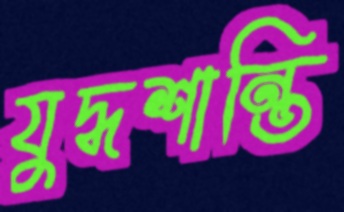
যুদ্ধশান্তি